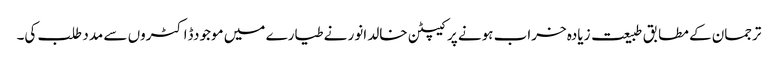
ترجمان کے مطابق طبیعت زیادہ خراب ہونے پر کیپٹن خالد انور نے طیارے میں موجودڈاکٹروں سے مدد طلب کی۔